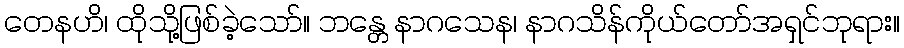
တေနဟိ၊ ထိုသို့ဖြစ်ခဲ့သော်။ ဘန္တေ နာဂသေန၊ နာဂသိန်ကိုယ်တော်အရှင်ဘုရား။